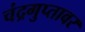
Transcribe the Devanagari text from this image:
चंद्रगुप्तावर